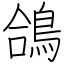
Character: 鴿